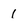
Character: I